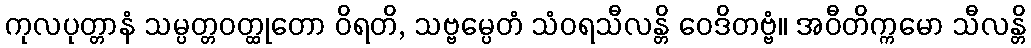
ကုလပုတ္တာနံ သမ္ပတ္တဝတ္ထုတော ဝိရတိ, သဗ္ဗမ္ပေတံ သံဝရသီလန္တိ ဝေဒိတဗ္ဗံ။ အဝီတိက္ကမော သီလန္တိ